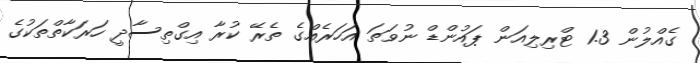
ގެއްލުން 1.3 ޓްރިލިއަން ޕައުންޑް ނުވަތަ އަހަރެއްގެ ތެރޭ ކުރާ އިގްތިސާދީ ހަރަކާތްތަކުގެ